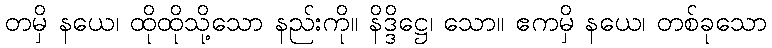
တမှိ နယေ၊ ထိုထိုသို့သော နည်းကို။ နိဒ္ဒိဋ္ဌေ၊ သော။ ဧကမှိ နယေ၊ တစ်ခုသော